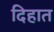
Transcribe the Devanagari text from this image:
दिहात